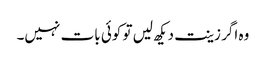
وہ اگر زینت دیکھ لیں تو کوئی بات نہیں۔